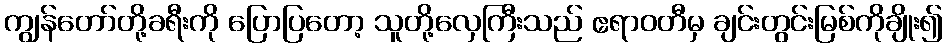
ကျွန်တော်တို့ခရီးကို ပြောပြတော့ သူတို့လှေကြီးသည် ဧရာဝတီမှ ချင်းတွင်းမြစ်ကိုချိုး၍